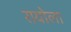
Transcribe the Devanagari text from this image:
रायोला